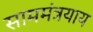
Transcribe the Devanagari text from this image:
साममंत्रयाय